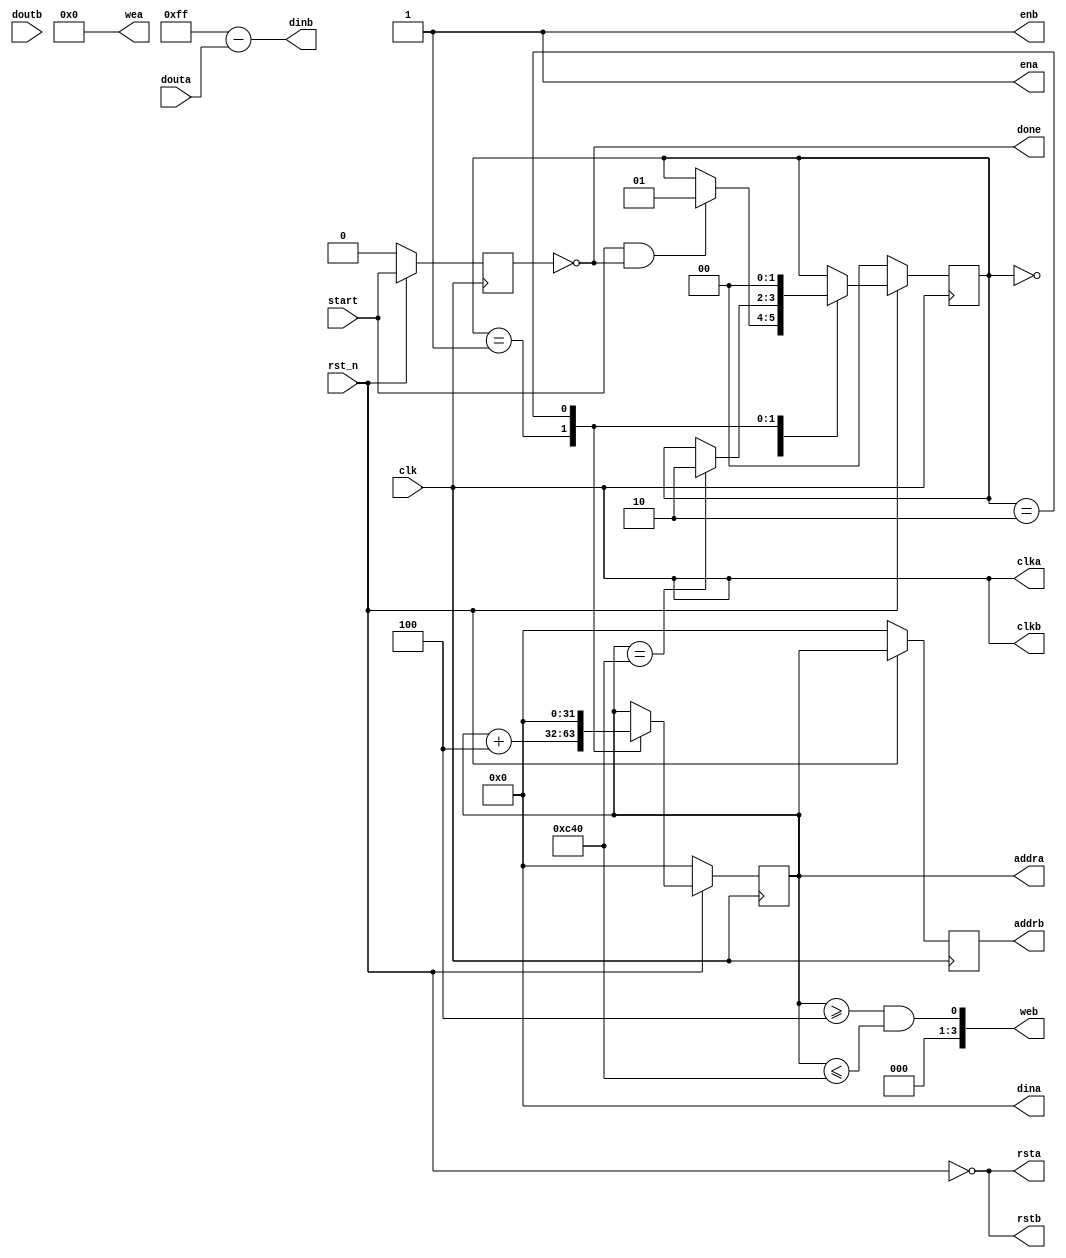
// This program was cloned from: https://github.com/yohanes-erwin/pemrograman_zynq
// License: MIT License

`timescale 1ns / 1ps

module inv_img
    (
        input wire clk,
        input wire rst_n,
        input wire start,
        (* X_INTERFACE_INFO = "xilinx.com:interface:bram:1.0 BRAM_PORT_IN CLK" *)     output wire        clka,
        (* X_INTERFACE_INFO = "xilinx.com:interface:bram:1.0 BRAM_PORT_IN RST" *)     output wire        rsta,
        (* X_INTERFACE_INFO = "xilinx.com:interface:bram:1.0 BRAM_PORT_IN EN" *)      output wire        ena,
        (* X_INTERFACE_INFO = "xilinx.com:interface:bram:1.0 BRAM_PORT_IN ADDR" *)    output wire [31:0] addra,
        (* X_INTERFACE_INFO = "xilinx.com:interface:bram:1.0 BRAM_PORT_IN DIN" *)     output wire [31:0] dina,
        (* X_INTERFACE_INFO = "xilinx.com:interface:bram:1.0 BRAM_PORT_IN WE" *)      output wire [3:0]  wea,
        (* X_INTERFACE_INFO = "xilinx.com:interface:bram:1.0 BRAM_PORT_IN DOUT" *)    input wire  [31:0] douta,
        (* X_INTERFACE_INFO = "xilinx.com:interface:bram:1.0 BRAM_PORT_OUT CLK" *)    output wire        clkb,
        (* X_INTERFACE_INFO = "xilinx.com:interface:bram:1.0 BRAM_PORT_OUT RST" *)    output wire        rstb,
        (* X_INTERFACE_INFO = "xilinx.com:interface:bram:1.0 BRAM_PORT_OUT EN" *)     output wire        enb,
        (* X_INTERFACE_INFO = "xilinx.com:interface:bram:1.0 BRAM_PORT_OUT ADDR" *)   output wire [31:0] addrb,
        (* X_INTERFACE_INFO = "xilinx.com:interface:bram:1.0 BRAM_PORT_OUT DIN" *)    output wire [31:0] dinb,
        (* X_INTERFACE_INFO = "xilinx.com:interface:bram:1.0 BRAM_PORT_OUT WE" *)     output wire [3:0]  web,
        (* X_INTERFACE_INFO = "xilinx.com:interface:bram:1.0 BRAM_PORT_OUT DOUT" *)   input wire  [31:0] doutb,
        output wire done    
    );
    
    reg start_reg;
    wire start_tick;
    reg [1:0] state_reg, state_next;
    reg [31:0] addra_reg, addra_next;
    reg [31:0] addrb_reg;
    
    // Input BRAM
    assign clka = clk;
    assign rsta = ~rst_n;
    assign ena = 1;
    assign addra = addra_reg;
    assign dina = 0;
    assign wea = 0;
 
    // Output BRAM   
    assign clkb = clk;
    assign rstb = ~rst_n;
    assign enb = 1;
    assign addrb = addrb_reg;
    assign dinb = 255 - douta; // Inversion implementaion
    assign web = (addra_reg >= 4) && (addra_reg <= 3136);
	
	assign done = (start_reg == 0);
    
    // Start pulse generator
    always @(posedge clk)
    begin
        if (!rst_n)
        begin
            start_reg <= 0;
        end
        else
        begin
            start_reg <= start;
        end    
    end    
    assign start_tick = start & ~start_reg;
    
    // Address counter FSM
    always @(posedge clk)
    begin
        if (~rst_n)
        begin
            state_reg <= 0;
            addra_reg <= 0;
            addrb_reg <= 0;
        end
        else
        begin
            state_reg <= state_next;
            addra_reg <= addra_next;
            addrb_reg <= addra_reg;
        end
    end
    always @(*)
    begin
        state_next = state_reg;
        addra_next = addra_reg;
        case (state_reg)
            0:
            begin
                if (start_tick)
                begin
                    state_next = 1;
                end
            end
            1:
            begin
                if (addra_reg == 3136)
                begin
                    state_next = 2;
                    addra_next = addra_reg + 4;
                end
                else
                begin
                    addra_next = addra_reg + 4;
                end
            end
            2:
            begin
                state_next = 0;
                addra_next = 0;
            end
        endcase
    end
    
endmodule